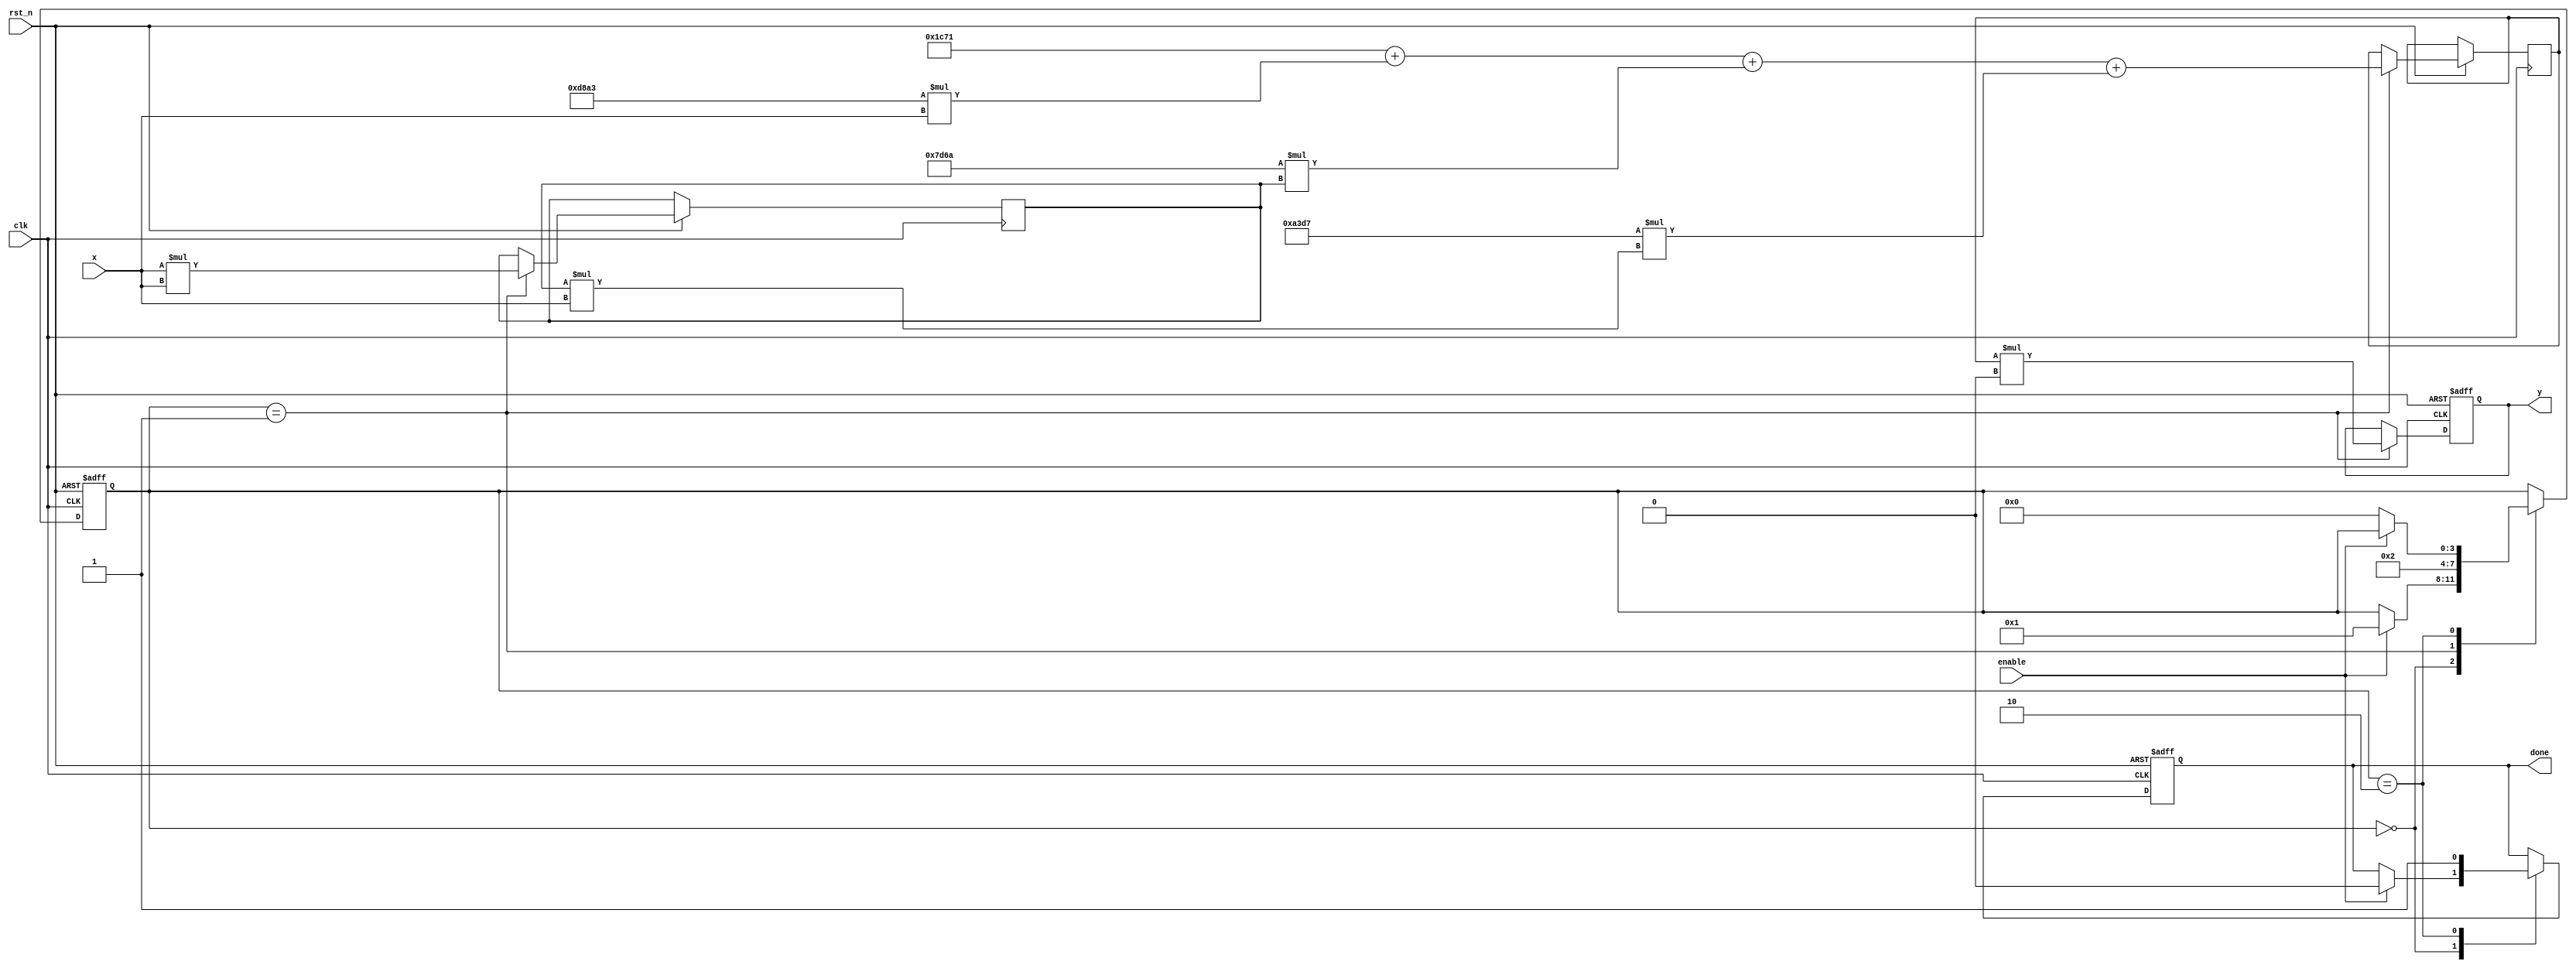
module poly_reciprocal (
    input wire clk,
    input wire rst_n,
    input wire enable,
    input wire [15:0] x,  // Fixed-point input (0 < x < 1)
    output reg [15:0] y,   // Fixed-point output (reciprocal of x)
    output reg done        // Signal indicating computation is complete
);

    // Polynomial coefficients for approximation (example coefficients)
    parameter C0 = 16'h1C71; // 1.0
    parameter C1 = 16'hD8A3; // -0.5
    parameter C2 = 16'h7D6A; // 0.3333
    parameter C3 = 16'hA3D7; // -0.25
    parameter SCALE_FACTOR = 16'h10000; // Scale factor for normalization

    reg [15:0] x_squared;
    reg [15:0] poly_result;
    reg [3:0] state;

    // State machine for control logic
    localparam IDLE = 0, COMPUTE = 1, DONE = 2;

    always @(posedge clk or negedge rst_n) begin
        if (!rst_n) begin
            y <= 16'b0;
            done <= 1'b0;
            state <= IDLE;
        end else begin
            case (state)
                IDLE: begin
                    if (enable) begin
                        // Start computation
                        state <= COMPUTE;
                        done <= 1'b0;
                    end
                end

                COMPUTE: begin
                    // Step 1: Compute x^2
                    x_squared <= x * x;

                    // Step 2: Evaluate polynomial P(x) = C0 + C1*x + C2*x^2 + C3*x^3
                    poly_result <= C0 + (C1 * x) + (C2 * x_squared) + (C3 * (x_squared * x));

                    // Step 3: Scale the result
                    y <= poly_result * SCALE_FACTOR;

                    // Step 4: Move to DONE state
                    state <= DONE;
                end

                DONE: begin
                    done <= 1'b1; // Indicate computation is complete
                    if (!enable) begin
                        state <= IDLE; // Reset state if enable is low
                    end
                end
            endcase
        end
    end

endmodule